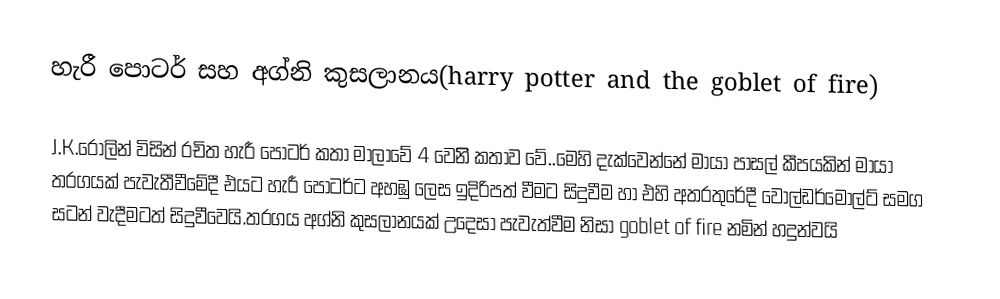
හැරී පොටර් සහ අග්නි කුසලානය(harry potter and the goblet of fire)

J.K.රෝලින් විසින් රචිත හැරී පොටර් කතා මාලාවේ 4 වෙනිි කතාව වේ..මෙහි දැක්වෙන්නේ මායා පාසල් කීපයකින් මායා තරගයක් පැවැතීවීමේදී එයට හැරී පෝටර්ට අහඹු ලෙස ඉදිරිපත් වීමට සිදුවීම හා එහි අතරතුරේදී වොල්ඩර්මෝල්ට් සමග සටන් වැදීමටත් සිදුවීවෙයි.තරගය  අග්නි කුසලානයක්  උදෙසා පැවැත්වීම නිසා goblet of fire නමින් හදුන්වයි